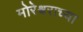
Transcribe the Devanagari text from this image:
मोरेश्र्वराच्या